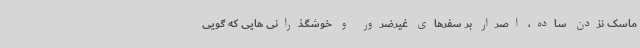
ماسک نزدن ساده، اصرار بر سفرهای غیرضرور و خوشگذرانی هایی که گویی